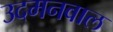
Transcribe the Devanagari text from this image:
उदमनवाल